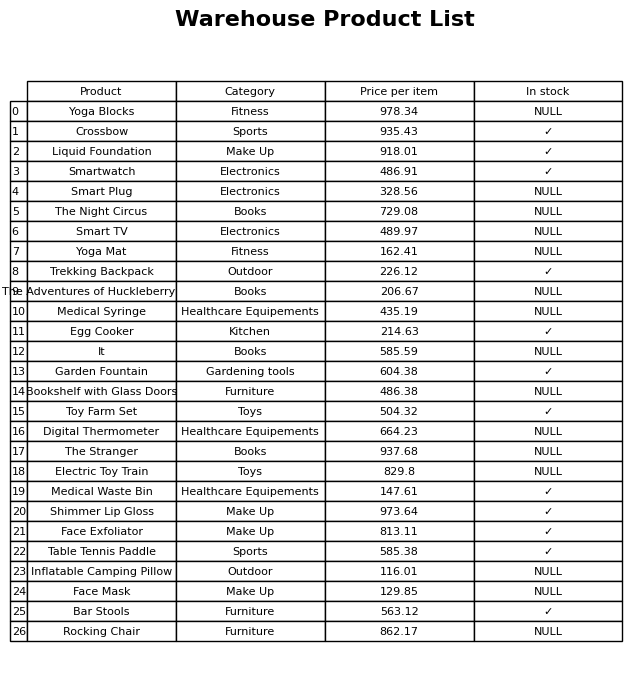
question: Is the Egg Cooker in stock?
answer: ✓